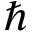
\hbar